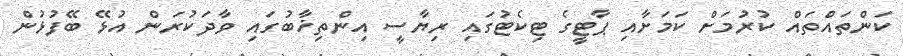
ކަންތައްތައް ކުރުމަށް ކަމަށާއި ޕާޓީގެ ޓިކެޓުގައި ރިޔާސީ އިންތިޚާބުގައި ވާދަކުރަން އުޅޭ ބޭފުޅުން